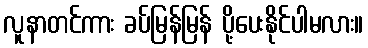
လူနာတင်ကား ခပ်မြန်မြန် ပို့ပေးနိုင်ပါမလား။